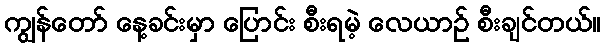
ကျွန်တော် နေ့ခင်းမှာ ပြောင်း စီးရမဲ့ လေယာဉ် စီးချင်တယ်။